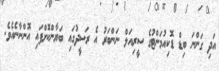
އަދި ގަންނަ ބިޑް ޑޮކިއުމަންޓުގެ ސީރިއަލް ނަންބަރު އެ ރަސީދުގައި ބަޔާންކޮށްފައި އޮންނާނެއެވެ.